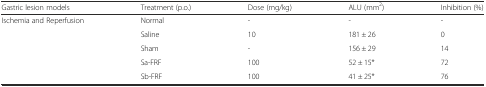
<table><thead><tr><td><b>Gastric lesion models</b></td><td><b>Treatment (p.o.)</b></td><td><b>Dose (mg/kg)</b></td><td><b>ALU (mm<sup>2</sup>)</b></td><td><b>Inhibition (%)</b></td></tr></thead><tbody><tr><td>Ischemia and Reperfusion</td><td>Normal</td><td>-</td><td>-</td><td>-</td></tr><tr><td></td><td>Saline</td><td>10</td><td>181 ± 26</td><td>0</td></tr><tr><td></td><td>Sham</td><td>-</td><td>156 ± 29</td><td>14</td></tr><tr><td></td><td>Sa-FRF</td><td>100</td><td>52 ± 15*</td><td>72</td></tr><tr><td></td><td>Sb-FRF</td><td>100</td><td>41 ± 25*</td><td>76</td></tr></tbody></table>